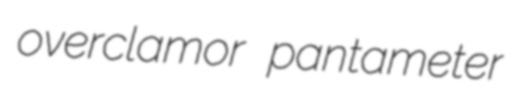
overclamor pantameter